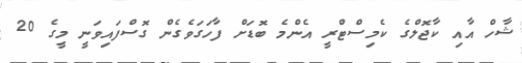
ޝާހް އާއި ކާޖޮލްގެ ކެމިސްޓްރީ އެންމެ ބޮޑަށް ފާހަގަވެގެން ގޮސްފައިވަނީ މީގެ 20